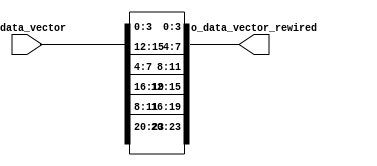
/*------------------------------------------------------------------------------
 -- Project     : CL40010
 -------------------------------------------------------------------------------
 -- File        : common_a1a2b1b2_to_a1b1a2b2_rewire.v
 -- Author      : Ramiro R. Lopez
 -- Originator  : Clariphy Argentina S.A.
 -- Date        : 2010-10-12
 --
 -- Rev 0       : Initial release. RRL.
 --
 -- $Id: common_a1a2b1b2_to_a1b1a2b2_rewire.v 10220 2016-12-28 19:02:56Z rlopez $
 -------------------------------------------------------------------------------
 -- Description : .
 -------------------------------------------------------------------------------
 -- Copyright (C) 2009 ClariPhy Argentina S.A.  All rights reserved 
 ------------------------------------------------------------------------------*/

//`timescale  1ns/1ps

module common_a1a2b1b2_to_a1b1a2b2_rewire
#(
    // PARAMETERS.
    parameter                                                   NB_SYMBOL           = 4,
    parameter                                                   N_SYMBOLS_X_WORD    = 3,
    parameter                                                   N_WORDS             = 2
)
(
    // OUTPUTS.
    output  wire    [NB_SYMBOL*N_WORDS*N_SYMBOLS_X_WORD-1:0]    o_data_vector_rewired,
    // INPUTS.
    input   wire    [NB_SYMBOL*N_WORDS*N_SYMBOLS_X_WORD-1:0]    i_data_vector
);

    // For "quick instantiation".
    /*
    common_a1a2b1b2_to_a1b1a2b2_rewire
    #(
        .NB_SYMBOL              (   ),
        .N_SYMBOLS_X_WORD       (   ),
        .N_WORDS                (   )
    )
    u_common_a1a2b1b2_to_a1b1a2b2_rewire
    (
        .o_data_vector_rewired  (   ),
        .i_data_vector          (   )
    );
    */

    // LOCAL PARAMETERS.
    localparam                                                  NB_DATA             = NB_SYMBOL*N_SYMBOLS_X_WORD;


    // INTERNAL SIGNALS.
    genvar                                                      ii;
    genvar                                                      jj;
    wire            [NB_DATA*N_WORDS-1:0]                       data_vector_rewired;



    // ALGORITHM BEGIN.


    // Do rewire: {c[3,2,1,0], b[3,2,1,0], a[3,2,1,0]} --> {c3,b3,a3, c2,b2,a2, c1,b1,a1, c0,b0,a0}
    generate
        for ( ii=0; ii<N_WORDS; ii=ii+1 )
        begin : genfor_rewire_words
            for ( jj=0; jj<N_SYMBOLS_X_WORD; jj=jj+1 )
            begin : genfor_rewire_symbols
                assign  data_vector_rewired[ jj*(N_WORDS*NB_SYMBOL) + NB_SYMBOL*(ii+1) -1 -: NB_SYMBOL ]
                            = i_data_vector[ ii*(NB_DATA) + NB_SYMBOL*(jj+1) -1 -: NB_SYMBOL ];
            end // genfor_rewire_symbols
        end // genfor_rewire_words
    endgenerate


    assign  o_data_vector_rewired
                = data_vector_rewired;


endmodule // common_word_to_symbol_rewire